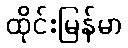
ထိုင်းမြန်မာ